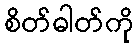
စိတ်ဓါတ်ကို